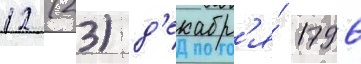
12 (23) д'екабр'я́ 1796